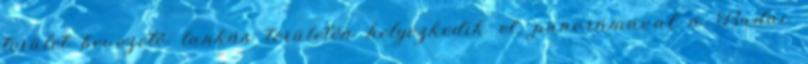
terület bevezető lankás területén helyezkedik el, panorámával a Budai